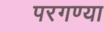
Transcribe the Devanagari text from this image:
परगण्या